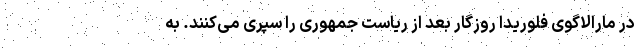
در مارالاگوی فلوریدا روزگار بعد از ریاست جمهوری را سپری می‌کنند. به